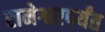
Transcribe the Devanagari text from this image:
रामेश्वरपर्यंत